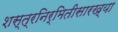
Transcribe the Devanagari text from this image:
शस्त्रनिर्मितीसारख्या